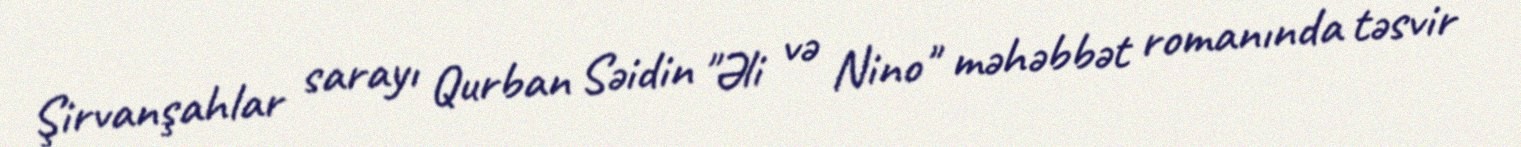
Şirvanşahlar sarayı Qurban Səidin "Əli və Nino" məhəbbət romanında təsvir